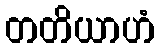
တတိယာဟံ